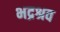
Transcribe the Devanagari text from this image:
भद्रश्रव